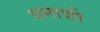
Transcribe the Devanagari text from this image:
धनाशी